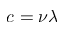
c = \nu \lambda